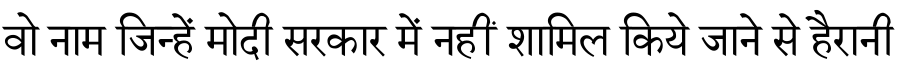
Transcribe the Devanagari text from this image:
वो नाम जिन्हें मोदी सरकार में नहीं शामिल किये जाने से हैरानी